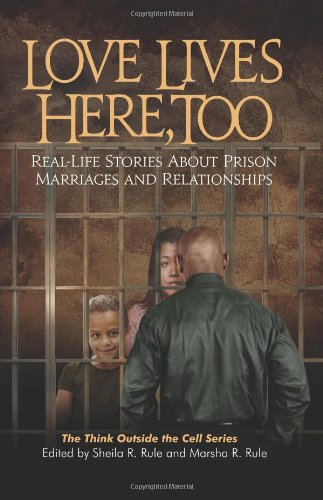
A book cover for Love Lives Here, Too: Real-Life Stories About Prison Marriages and Relationships (Think Outside the Cell); Sheila R. Rule; Parenting & Relationships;